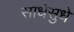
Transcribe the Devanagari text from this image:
साधेसुधे